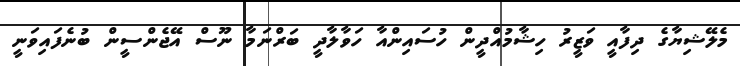
މެލޭޝިޔާގެ ދިފާއީ ވަޒީރު ހިޝާމުއްދީން ހުސައިންއާ ހަވާލާދީ ބަރްނަމާ ނޫސް އޭޖެންސީން ބުނެފައިވަނީ